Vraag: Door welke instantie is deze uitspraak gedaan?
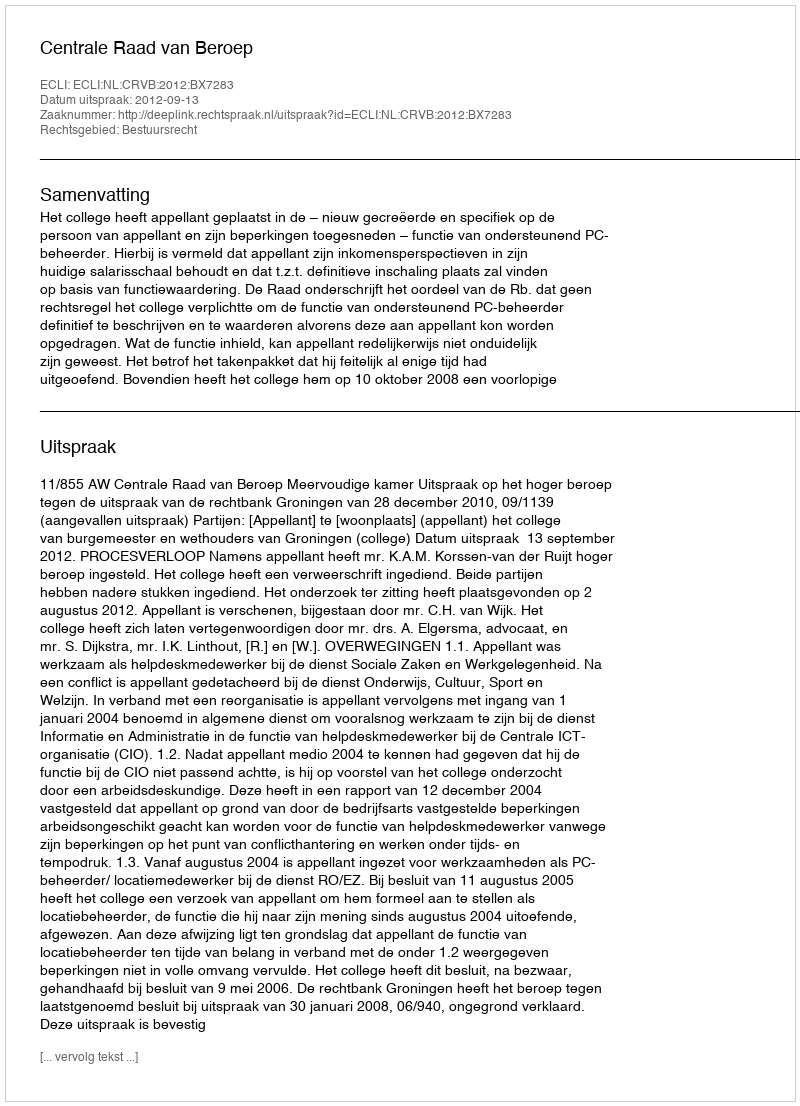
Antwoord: Centrale Raad van Beroep